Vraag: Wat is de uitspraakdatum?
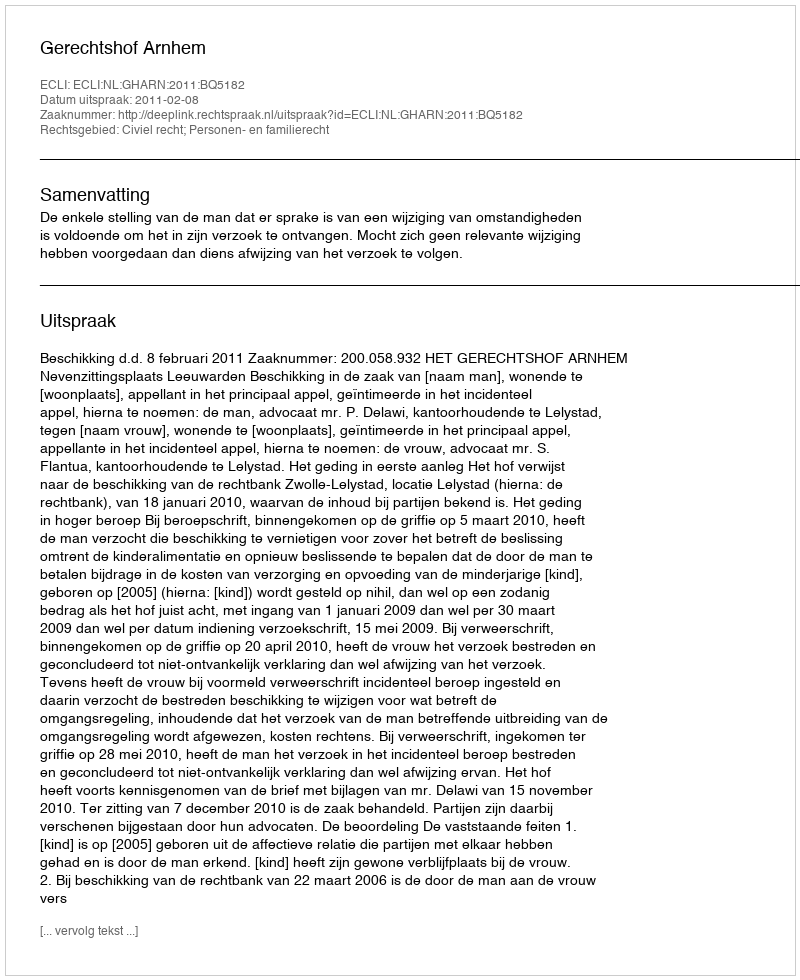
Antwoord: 2011-02-08